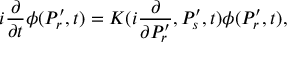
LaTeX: i { \frac { \partial } { \partial t } } \phi ( P _ { r } ^ { \prime } , t ) = K ( i { \frac { \partial } { \partial P _ { r } ^ { \prime } } } , P _ { s } ^ { \prime } , t ) \phi ( P _ { r } ^ { \prime } , t ) ,